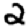
Digit: 2